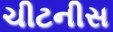
ચીટનીસ